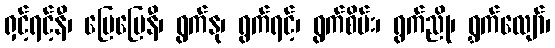
ရှင့်ရင့်နီ၊ ပြေပြေနီ၊ ရွက်နု၊ ရွက်ရင့်၊ ရွက်စိမ်း၊ ရွက်ညို၊ ရွှက်လျော်၊